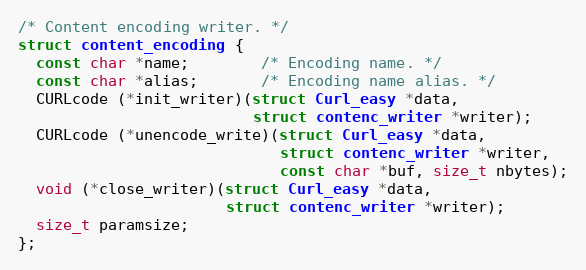
Language: C
/* Content encoding writer. */
struct content_encoding {
  const char *name;        /* Encoding name. */
  const char *alias;       /* Encoding name alias. */
  CURLcode (*init_writer)(struct Curl_easy *data,
                          struct contenc_writer *writer);
  CURLcode (*unencode_write)(struct Curl_easy *data,
                             struct contenc_writer *writer,
                             const char *buf, size_t nbytes);
  void (*close_writer)(struct Curl_easy *data,
                       struct contenc_writer *writer);
  size_t paramsize;
};